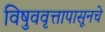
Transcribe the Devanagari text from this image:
विषुववृत्तापासूनचे